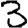
Digit: 3